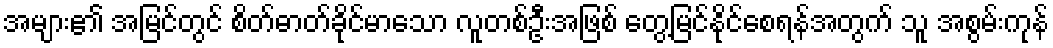
အများ၏ အမြင်တွင် စိတ်ဓာတ်ခိုင်မာသော လူတစ်ဦးအဖြစ် တွေ့မြင်နိုင်စေရန်အတွက် သူ အစွမ်းကုန်